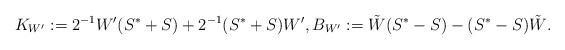
LaTeX: \begin{align*}K_{W'} := 2^{-1}W'(S^*+S) + 2^{-1}(S^*+S)W', B_{W'} := \tilde{W}(S^*-S) -(S^*-S)\tilde{W}.\end{align*}